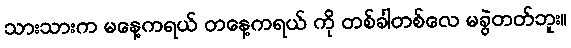
သားသားက မနေ့ကရယ် တနေ့ကရယ် ကို တစ်ခါတစ်လေ မခွဲတတ်ဘူး။